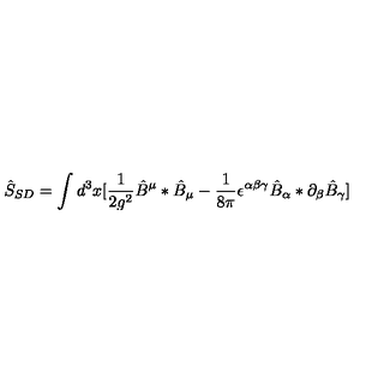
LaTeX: \hat { S } _ { S D } = \int d ^ { 3 } x [ \frac { 1 } { 2 g ^ { 2 } } \hat { B } ^ { \mu } * \hat { B } _ { \mu } - \frac { 1 } { 8 \pi } \epsilon ^ { \alpha \beta \gamma } \hat { B } _ { \alpha } * \partial _ { \beta } \hat { B } _ { \gamma } ]